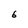
Character: 6